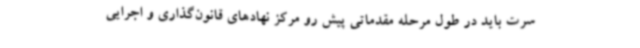
سرت باید در طول مرحله مقدماتی پیش رو مرکز نهادهای قانون‌گذاری و اجرایی